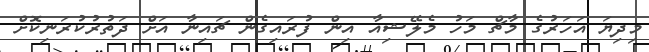
މިދިޔަ އަހަރުގެ މާޗް މަހު މެލޭޝިއާ އިން ފުރައިގެން ޗައިނާ އަށް ދަތުރުކުރަނިކޮށް